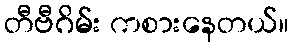
တီဗီဂိမ်း ကစားနေတယ်။